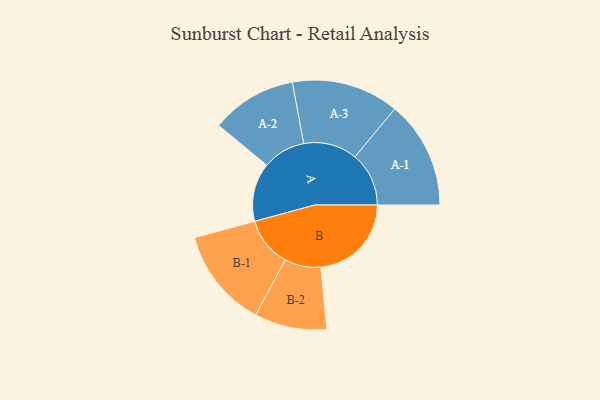
{"axis": {"x": "Segment", "y": "Value"}, "legend": ["", "A", "B"], "data": [{"x": "A", "y": 312, "type": ""}, {"x": "B", "y": 482, "type": ""}, {"x": "A-1", "y": 287, "type": "A"}, {"x": "A-2", "y": 228, "type": "A"}, {"x": "A-3", "y": 286, "type": "A"}, {"x": "B-1", "y": 265, "type": "B"}, {"x": "B-2", "y": 193, "type": "B"}]}